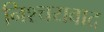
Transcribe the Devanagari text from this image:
निश्चयवाद